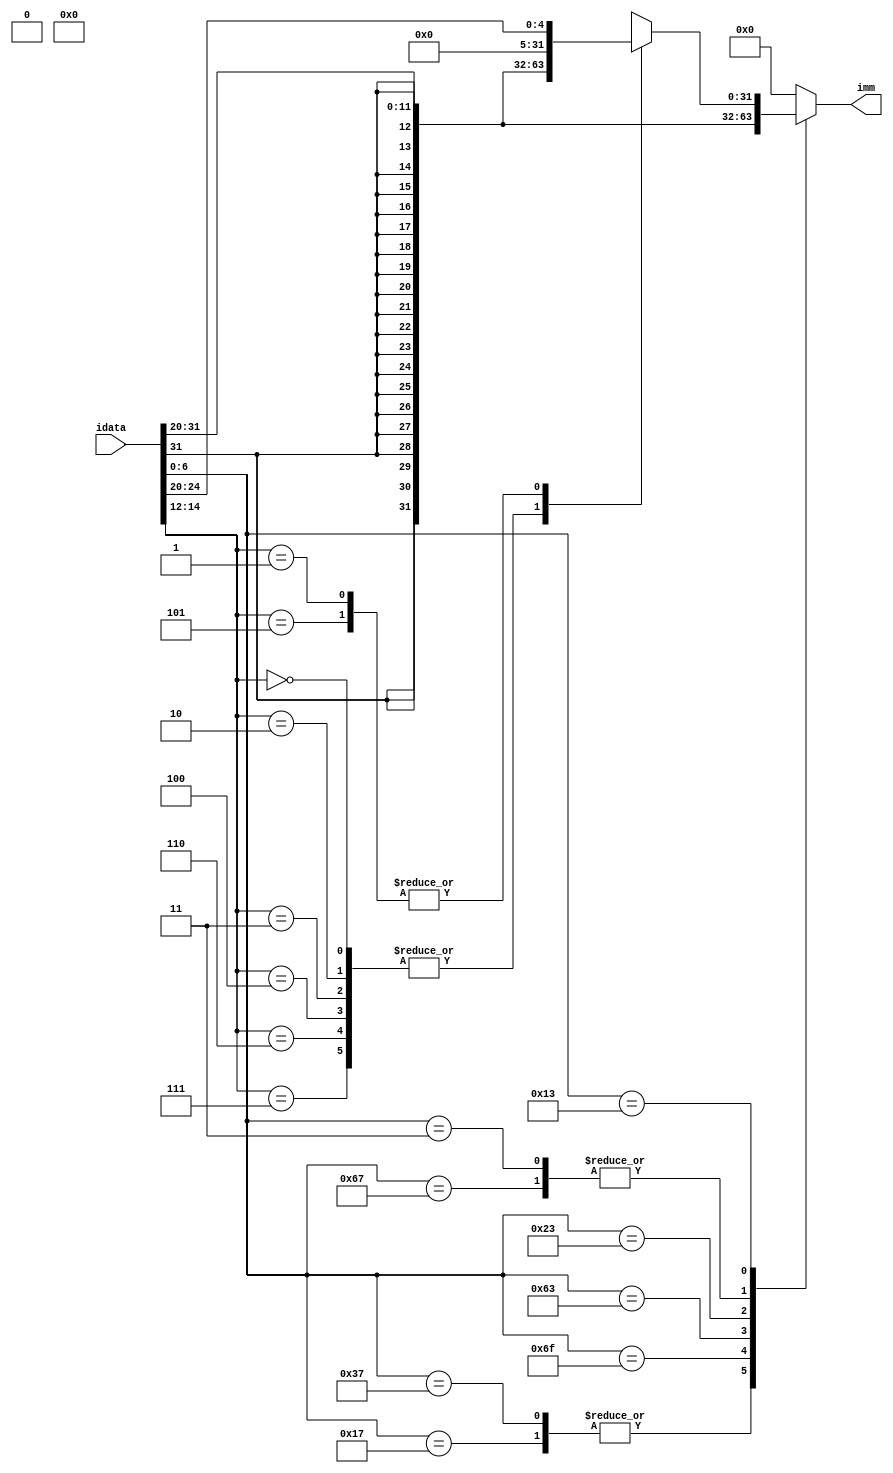
// Immediate Value Generator: Combination unit that generates all immediate values from the instruction

module immGen ( input [31:0] idata,     // instruction
                output [31:0] imm       // immediate value
              );

    // localparam statements for opcodes
    localparam LUI = 7'b0110111;
    localparam AUIPC = 7'b0010111;
    localparam JAL = 7'b1101111;
    localparam JALR = 7'b1100111;
    localparam BXX = 7'b1100011;
    localparam LXX = 7'b0000011;
    localparam SXX = 7'b0100011;
    localparam IXX = 7'b0010011;
    localparam RXX = 7'b0110011;

    // dummy register
    reg [31:0] imm_r;

    // combinational always block
    always @(idata) begin
        // Refer to RV32I ISA manual for extracting
        // immediate value from instruction
        case(idata[6:0])
            LUI,
            AUIPC:
                imm_r = idata[31:12] << 12;
            JAL:
                imm_r = $signed({idata[31], idata[19:12], idata[20], idata[30:21], 1'b0});
            BXX:
                imm_r = $signed({idata[31], idata[7], idata[30:25], idata[11:8], 1'b0});
            SXX:
                imm_r = $signed({idata[31:25], idata[11:7]});
            LXX,
            JALR:
                imm_r = $signed(idata[31:20]);
            IXX:
                case(idata[14:12])
                    3'd0,       // ADDI
                    3'd2,       // SLTI
                    3'd3,       // SLTIU
                    3'd4,       // XORI
                    3'd6,       // ORI
                    3'd7:       // ANDI
                        imm_r = $signed(idata[31:20]);
                    3'd1,       // SLLI
                    3'd5:       // SRLI, SRAI
                        imm_r = {27'b0, idata[24:20]};
                endcase
            RXX:
                imm_r = 32'b0;
            default:
                imm_r = 32'b0;
        endcase
    end

    // assigning outputs
    assign imm = imm_r;

endmodule